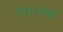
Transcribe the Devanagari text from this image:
समन्वक